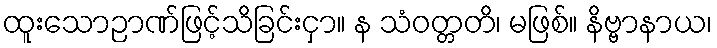
ထူးသောဉာဏ်ဖြင့်သိခြင်းငှာ။ န သံဝတ္တတိ၊ မဖြစ်။ နိဗ္ဗာနာယ၊